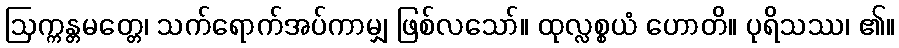
ဩက္ကန္တမတ္တေ၊ သက်ရောက်အပ်ကာမျှ ဖြစ်လသော်။ ထုလ္လစ္စယံ ဟောတိ။ ပုရိသဿ၊ ၏။